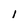
Character: l